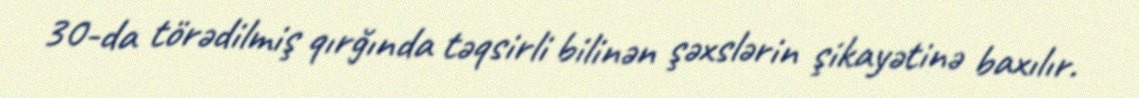
30-da törədilmiş qırğında təqsirli bilinən şəxslərin şikayətinə baxılır.